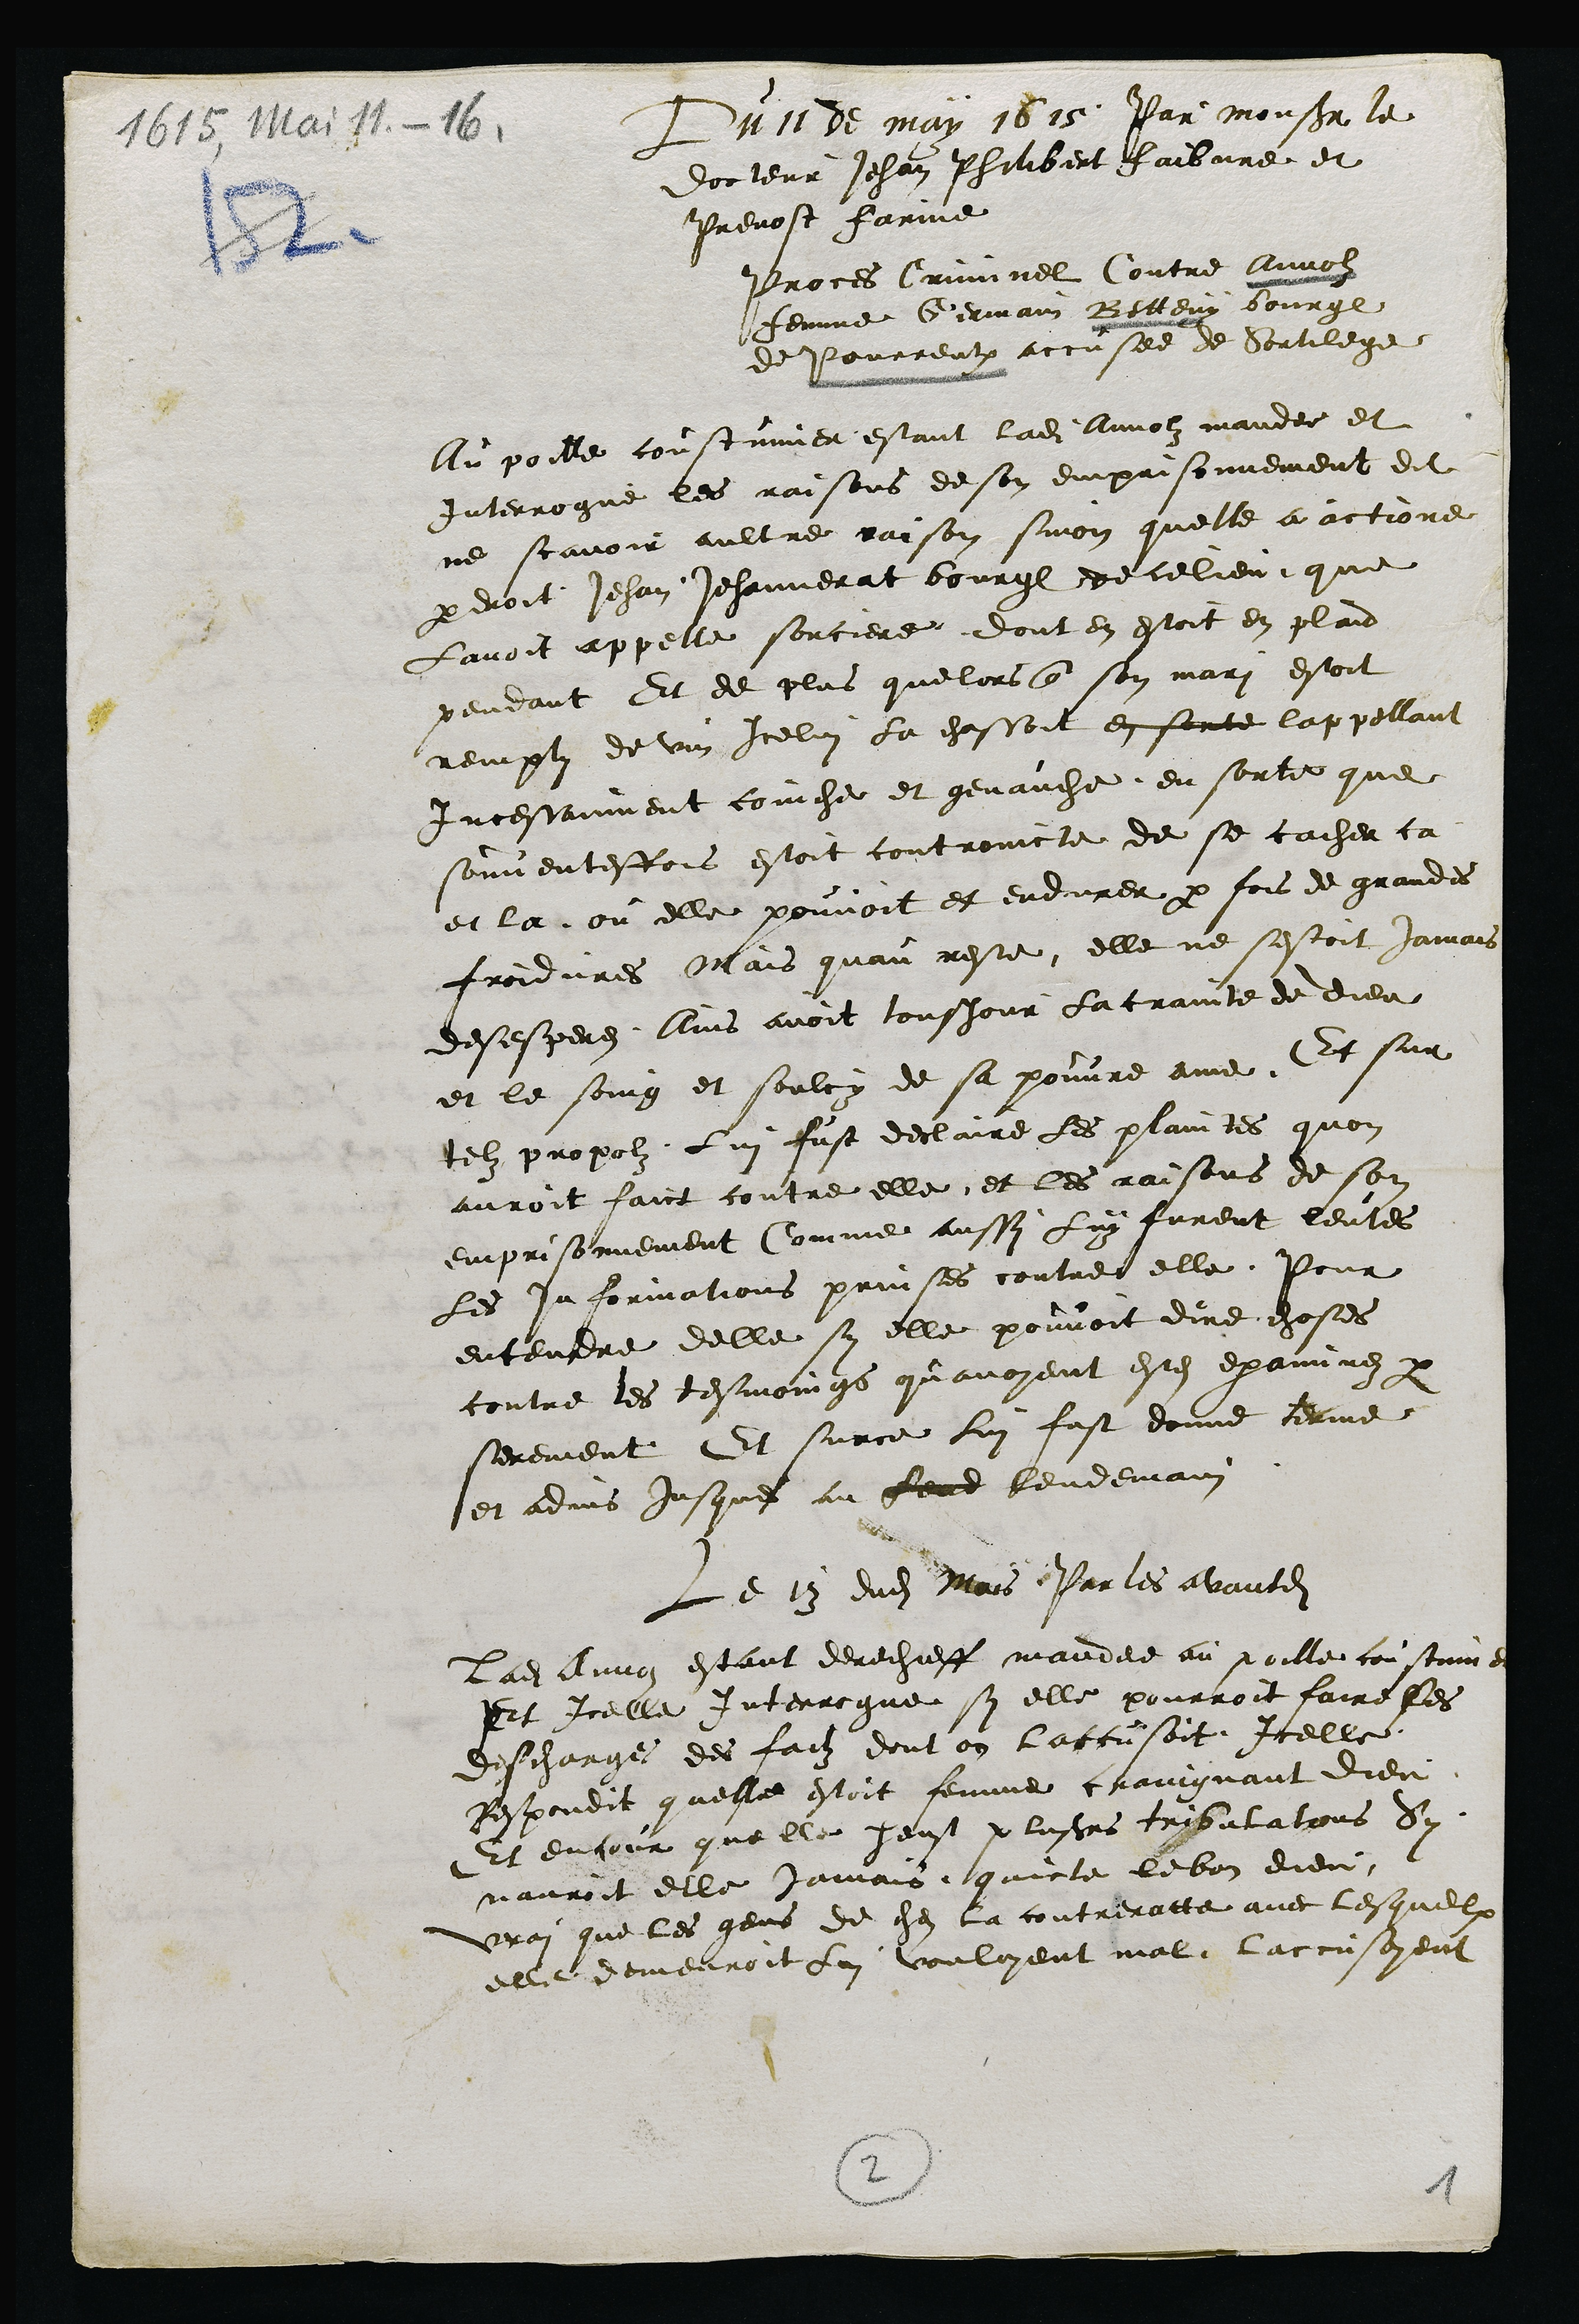
Du 11 de may 1615 Par monsieur le
docteur Jehan Philibert faibvre et
Prevost farine
Proces Criminel Contre Annolz
femme Germain Betteny bourgeois
de Pourrentruy accusee de Sortilege
Au poille coustumier estant ladite Annolz mandee et
Interrogue les raisons de son emprisonnement dit
ne scavoir aultre raison sinon quelle a actione
par droit Jehan Jehannerat bourgeois de ce lieu que
Lavoit appelle sorciere dont en estoit en plaid
pendant Et de plus que lors que son mari estoit
remply de vin Icelui la chassoit en sorte lappellant
Incessament coinche et genauche en sorte que
souventesfois estoit controincte de se cacher ca
et la ou elle pouvoit et endurer par fois de grandes
froidures Mais quau reste elle ne sestoit jamais
desespere Ains avoit tousjour la crainte de dieu
et le soing et soulcy de sa pouvre ame Et sur
tel propolz lui fust declaire les plaintes quon
auroit faict contre elle et les raisons de son
emprisonnement Comme aussi luy furent leutes
les informations prinses contre elle Pour
entendre delle sy elle pouvoit dire choses
contre les tesmoings quavoyent estes examinez par
serement Et surce lui fust donne terme
et advis jusques au ford lendemain
Le 13 dudit Mois Par les avantdits
Ladite Annoz estant derechieff mandee au poille coustumier
Et Icelle Interrogue sy elle pourroit faire ses
descharge des faitz dont on laccusoit Icelle
Respondit quelle estoit femme craingnant dieu
Et encour quelle heust plusieurs tribulations Sy
nauroit elle jamais quicte le bon dieu
vrai que les gens de ches la contreratte avec lesquelx
elle demeuroit lui vouloyent mal. Laccusoyent

2
1